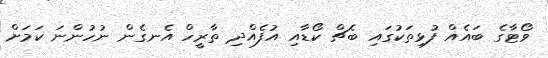
ވޯޓާގެ ބައެއް ފުޅިތަކުގައި ބެޗް ކޯޑާއި އުފެއްދި ތާރީހް އެނގެން ނުހުންނަ ކަމަށް